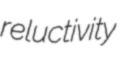
reluctivity